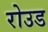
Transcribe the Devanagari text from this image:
रोउड